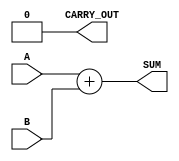
module ParameterizedAdder #(
    parameter WIDTH = 8 // Default bit-width is 8 bits
)(
    input  [WIDTH-1:0] A,       // First input
    input  [WIDTH-1:0] B,       // Second input
    output [WIDTH-1:0] SUM,      // Sum output
    output CARRY_OUT              // Carry out (optional)
);

    // Behavioral description of the adder
    assign SUM = A + B;         // Perform the addition
    assign CARRY_OUT = (A + B) >> WIDTH; // Carry out (if needed)

endmodule